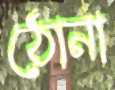
ঠোনা